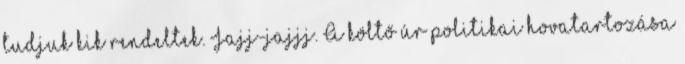
tudjuk kik rendeltek. Jajj-jajjj. A költő úr politikai hovatartozása